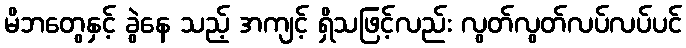
မိဘတွေနှင့် ခွဲနေ သည့် အကျင့် ရှိသဖြင့်လည်း လွတ်လွတ်လပ်လပ်ပင်